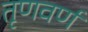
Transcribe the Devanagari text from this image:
तृणवर्ण